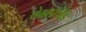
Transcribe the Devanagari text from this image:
तेनपांडि